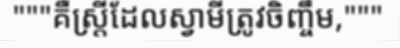
"""គឺស្ត្រីដែលស្វាមីត្រូវចិញ្ចឹម,"""